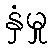
နှံမှု